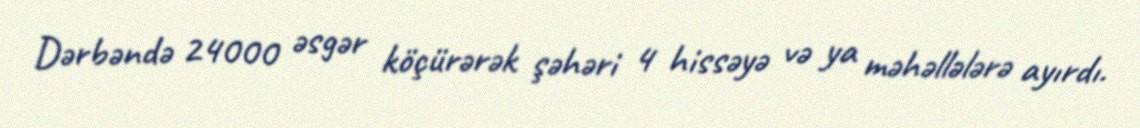
Dərbəndə 24000 əsgər köçürərək şəhəri 4 hissəyə və ya məhəllələrə ayırdı.